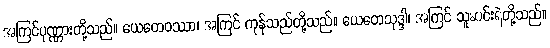
အကြင်ပုဏ္ဏားတို့သည်။ ယေတေဝဿာ၊ အကြင် ကုန်သည်တို့သည်။ ယေတေသုဒ္ဒါ၊ အကြင် သူဆင်းရဲတို့သည်။